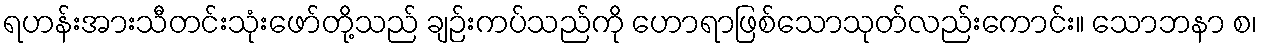
ရဟန်းအားသီတင်းသုံးဖော်တို့သည် ချဉ်းကပ်သည်ကို ဟောရာဖြစ်သောသုတ်လည်းကောင်း။ သောဘနာ စ၊